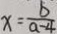
x = \frac { b } { a - 4 }